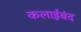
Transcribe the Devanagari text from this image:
कलाईबंद